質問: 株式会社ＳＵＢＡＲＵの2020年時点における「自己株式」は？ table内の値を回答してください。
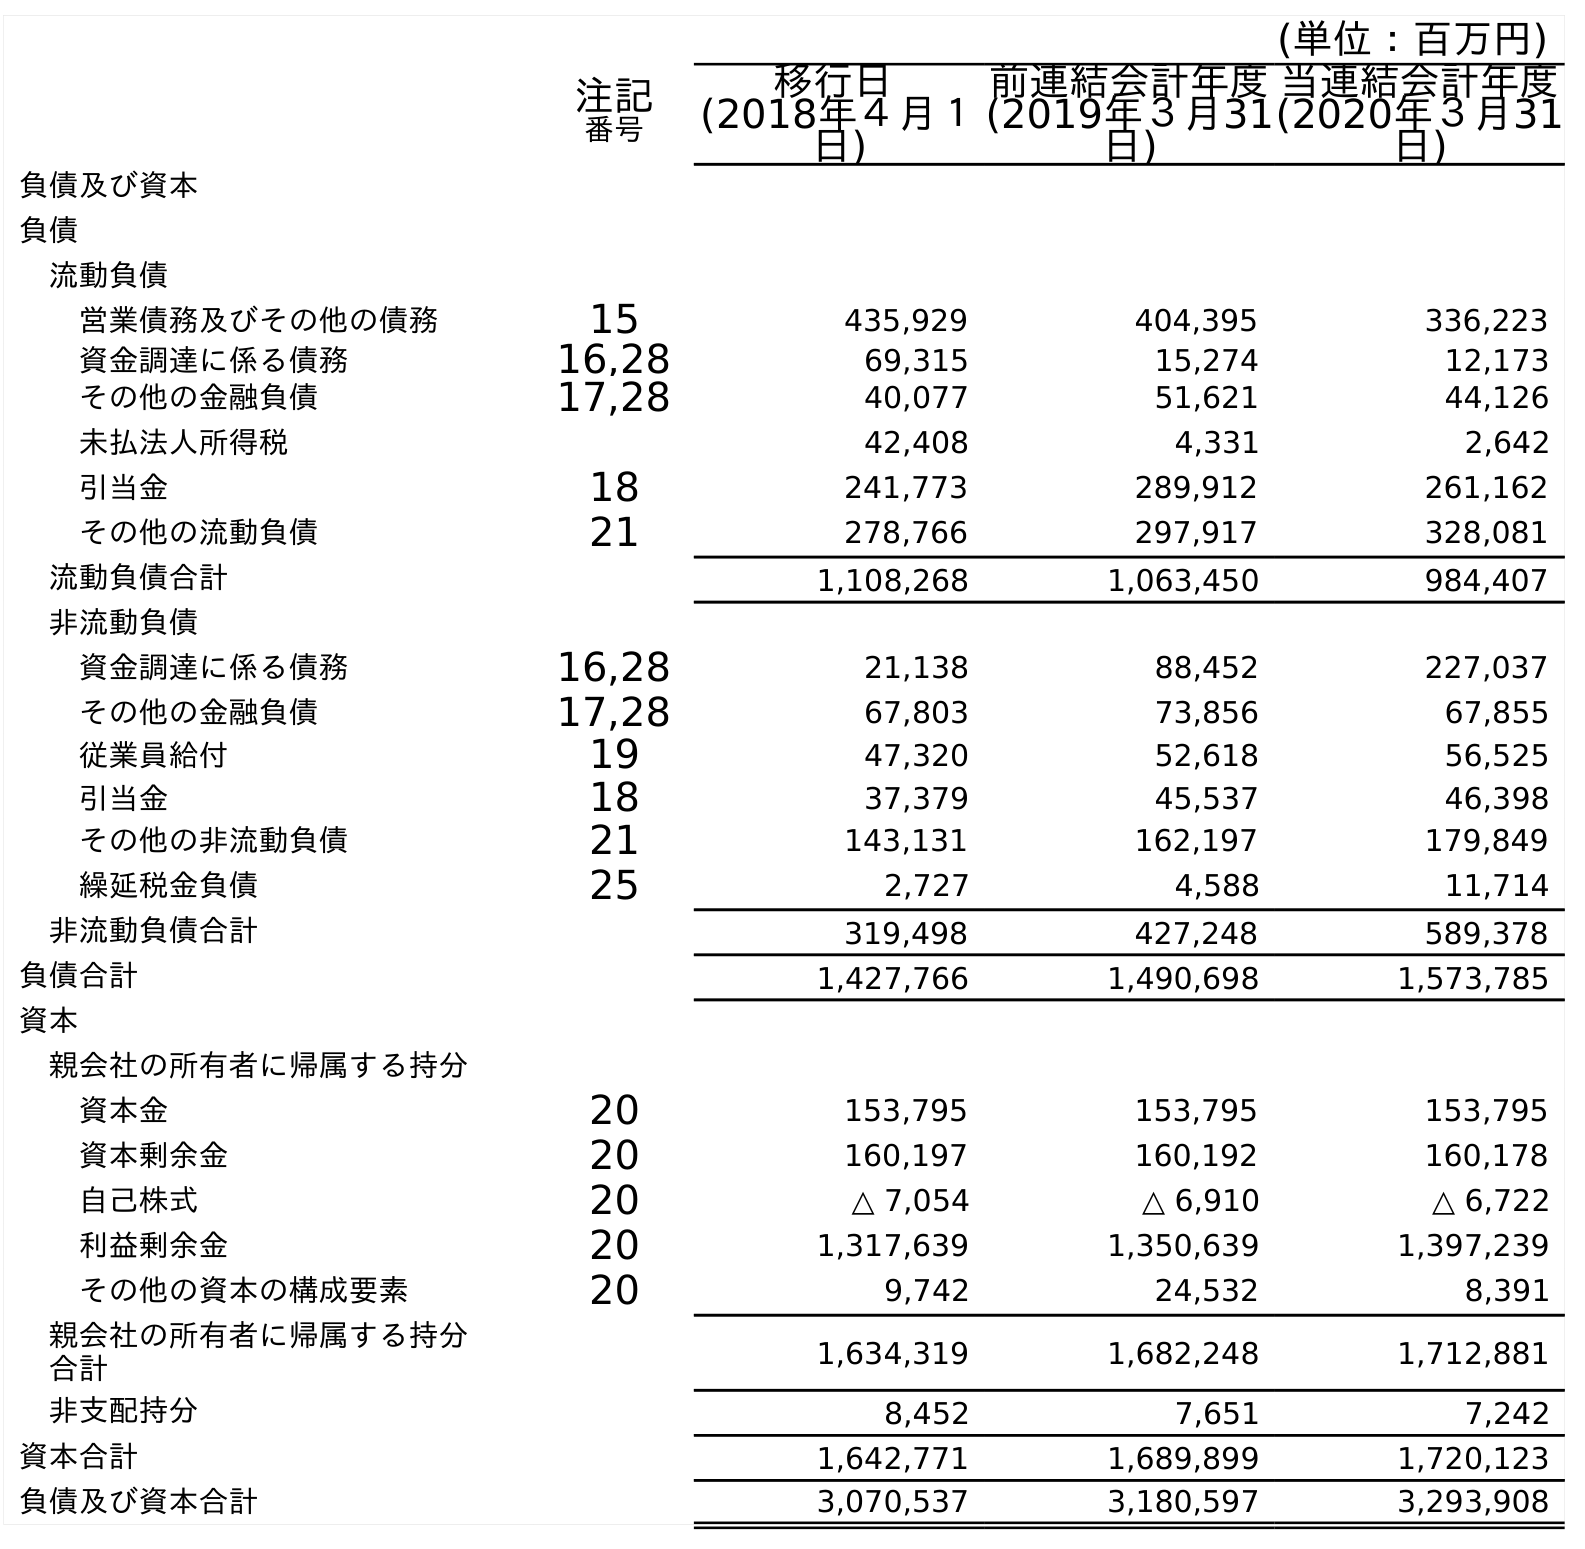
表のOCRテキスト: (単位：百万円) 注記 番号 移行日 (2018年４月１ 日) 前連結会計年度 (2019年３月31 日) 当連結会計年度 (2020年３月31 日) 負債及び資本 負債 流動負債 営業債務及びその他の債務 15 435,929 404,395 336,223 資金調達に係る債務 16,28 69,315 15,274 12,173 その他の金融負債 17,28 40,077 51,621 44,126 未払法人所得税 42,408 4,331 2,642 引当金 18 241,773 289,912 261,162 その他の流動負債 21 278,766 297,917 328,081 流動負債合計 1,108,268 1,063,450 984,407 非流動負債 資金調達に係る債務 16,28 21,138 88,452 227,037 その他の金融負債 17,28 67,803 73,856 67,855 従業員給付 19 47,320 52,618 56,525 引当金 18 37,379 45,537 46,398 その他の非流動負債 21 143,131 162,197 179,849 繰延税金負債 25 2,727 4,588 11,714 非流動負債合計 319,498 427,248 589,378 負債合計 1,427,766 1,490,698 1,573,785 資本 親会社の所有者に帰属する持分 資本金 20 153,795 153,795 153,795 資本剰余金 20 160,197 160,192 160,178 自己株式 20 △ 7,054 △ 6,910 △ 6,722 利益剰余金 20 1,317,639 1,350,639 1,397,239 その他の資本の構成要素 20 9,742 24,532 8,391 親会社の所有者に帰属する持分 合計 1,634,319 1,682,248 1,712,881 非支配持分 8,452 7,651 7,242 資本合計 1,642,771 1,689,899 1,720,123 負債及び資本合計 3,070,537 3,180,597 3,293,908
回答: △6,722